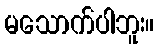
မသောက်ပါဘူး။